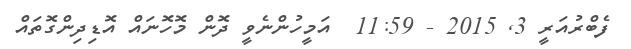
ފެބްރުއަރީ 3